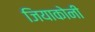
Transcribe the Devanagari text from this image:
जियाकोनी